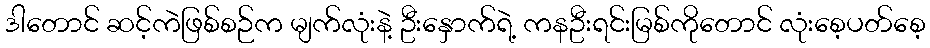
ဒါတောင် ဆင့်ကဲဖြစ်စဉ်က မျက်လုံးနဲ့ ဦးနှောက်ရဲ့ ကနဦးရင်းမြစ်ကိုတောင် လုံးစေ့ပတ်စေ့